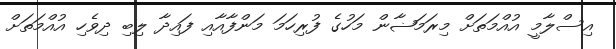
އިސްލާމީ އުއްމަތަށް މިރަމަޟާން މަހުގެ ފުރިހަމަ މަންފާއާއި ފައިދާ ލިބި ދިވެހި އުއްމަތަށް